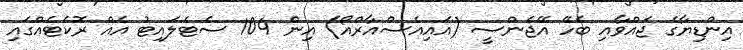
އިންޑިޔާގެ ޖައްވާއި ބެހޭ އޭޖެންސީ (އައިއެސްއާރްއޯ) އިން 104 ސެޓެލައިޓު އެއް ރޮކެޓެއްގައި